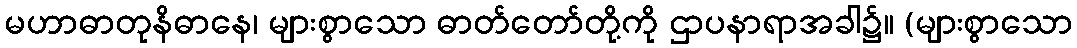
မဟာဓာတုနိဓာနေ၊ များစွာသော ဓာတ်တော်တို့ကို ဌာပနာရာအခါ၌။ (များစွာသော